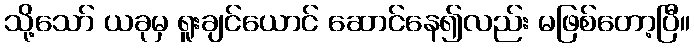
သို့သော် ယခုမှ ရူးချင်ယောင် ဆောင်နေ၍လည်း မဖြစ်တော့ပြီ။